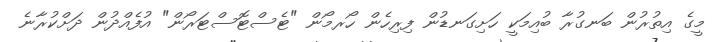
މީގެ އިތުރުން ބަނގުރާ ބުއިމަކީ ހަށިގަނޑުން ފިރިހެން ހޯރމޯން "ޓެސްޓޮސްޓަރޯން" އުފެއްދުން ދަށްކުރާނެ